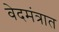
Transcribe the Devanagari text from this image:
वेदमंत्रात